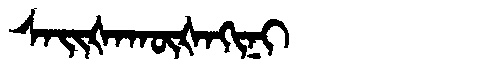
Manchu: ᠰᠠᡳᡧᠠᡴᡡᡧᠠᡴᡳᠨᡳ
Romanization: SAIŠAKŪŠAKINI